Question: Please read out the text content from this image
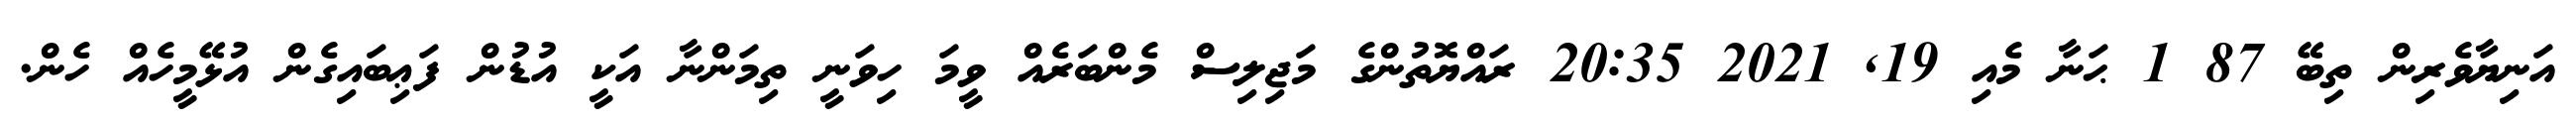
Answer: އަނިޔާވެރިން ތިބޭ 87 1 ޙަނާ މެއި 19, 2021 20:35 ރައްޔޮތުންގެ މަޖިލިސް މެންބަރެއް ވީމަ ހިވަނީ ތިމަންނާ އަކީ އުޑުން ފަޢިބައިގެން އުޅޭމީހެއް ހެން.